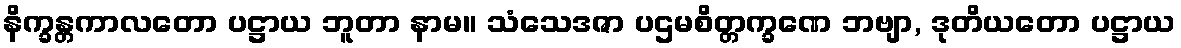
နိက္ခန္တကာလတော ပဋ္ဌာယ ဘူတာ နာမ။ သံသေဒဇာ ပဌမစိတ္တက္ခဏေ ဘဗျာ, ဒုတိယတော ပဋ္ဌာယ